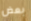
بعض